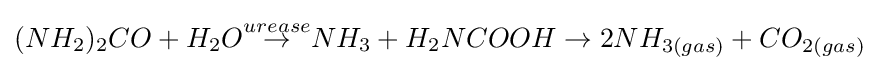
(NH_{2})_{2}CO+H_{2}O{\stackrel {urease}{\rightarrow }}NH_{3}+H_{2}NCOOH\rightarrow 2NH_{3(gas)}+CO_{2(gas)}